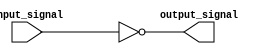
module InverterDelay (
    input wire input_signal,
    output reg output_signal
);

// Apply delay through an inverter
always @*
begin
    #1 output_signal = ~input_signal;
end

endmodule